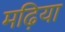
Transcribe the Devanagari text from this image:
मढ़िया